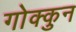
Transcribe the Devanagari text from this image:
गोक्कुन